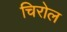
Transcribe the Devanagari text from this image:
चिरोल